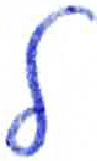
אות: ל